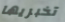
تخبريها